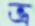
ভ্র